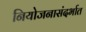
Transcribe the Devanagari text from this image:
नियोजनासंदर्भात